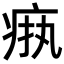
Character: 𬏧